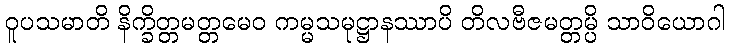
ဝူပသမာတိ နိက္ခိတ္တမတ္တမေဝ ကမ္မသမုဋ္ဌာနဿာပိ တိလဗီဇမတ္တမ္ပိ သာဝိယောဂါ